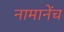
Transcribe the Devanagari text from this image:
नामानेंच